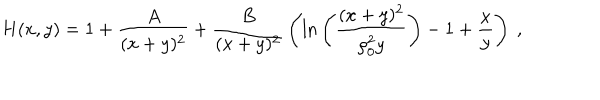
LaTeX: H ( x , y ) = 1 + { \frac { A } { ( x + y ) ^ { 2 } } } + { \frac { B } { ( x + y ) ^ { 2 } } } \left( \mathrm { l n } \left( { \frac { ( x + y ) ^ { 2 } } { \rho _ { 0 } ^ { 2 } y } } \right) - 1 + { \frac { x } { y } } \right) ~ ,